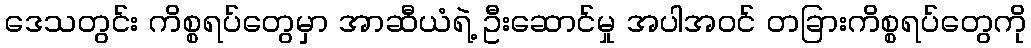
ဒေသတွင်း ကိစ္စရပ်တွေမှာ အာဆီယံရဲ့ ဦးဆောင်မှု အပါအဝင် တခြားကိစ္စရပ်တွေကို